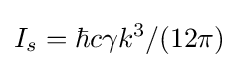
I_{s}=\hbar c\gamma k^{3}/(12\pi )